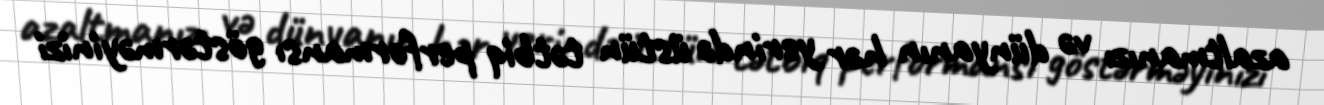
azaltmanızı və dünyanın hər yerində üstün tətbiq performansı göstərməyinizi